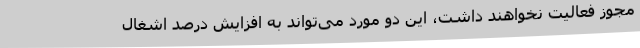
مجوز فعالیت نخواهند داشت، این دو مورد می‌تواند به افزایش درصد اشغال